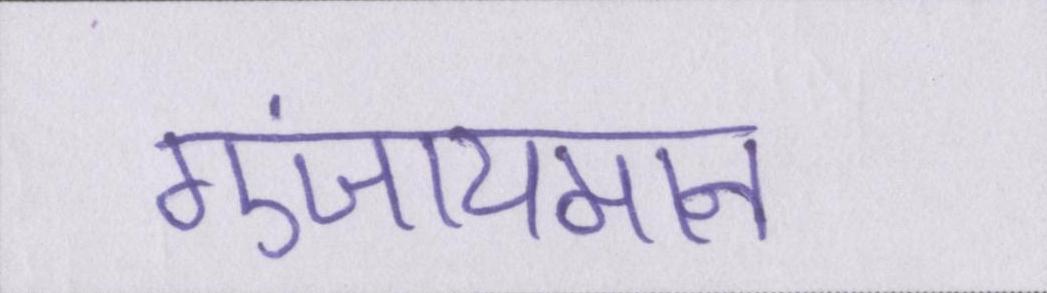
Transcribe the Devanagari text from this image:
गुंजायमान